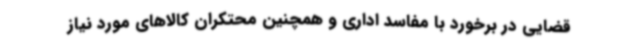
قضایی در برخورد با مفاسد اداری و همچنین محتکران کالاهای مورد نیاز